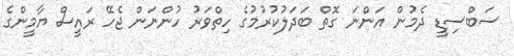
ސަބްސިޑީ ދެމުން އަންނަ ގޮތް ބަދަލުކުރުމުގެ ހިތްވަރު ހުންނަން ޖެހޭ ރައީސް ޔާމީންގެ